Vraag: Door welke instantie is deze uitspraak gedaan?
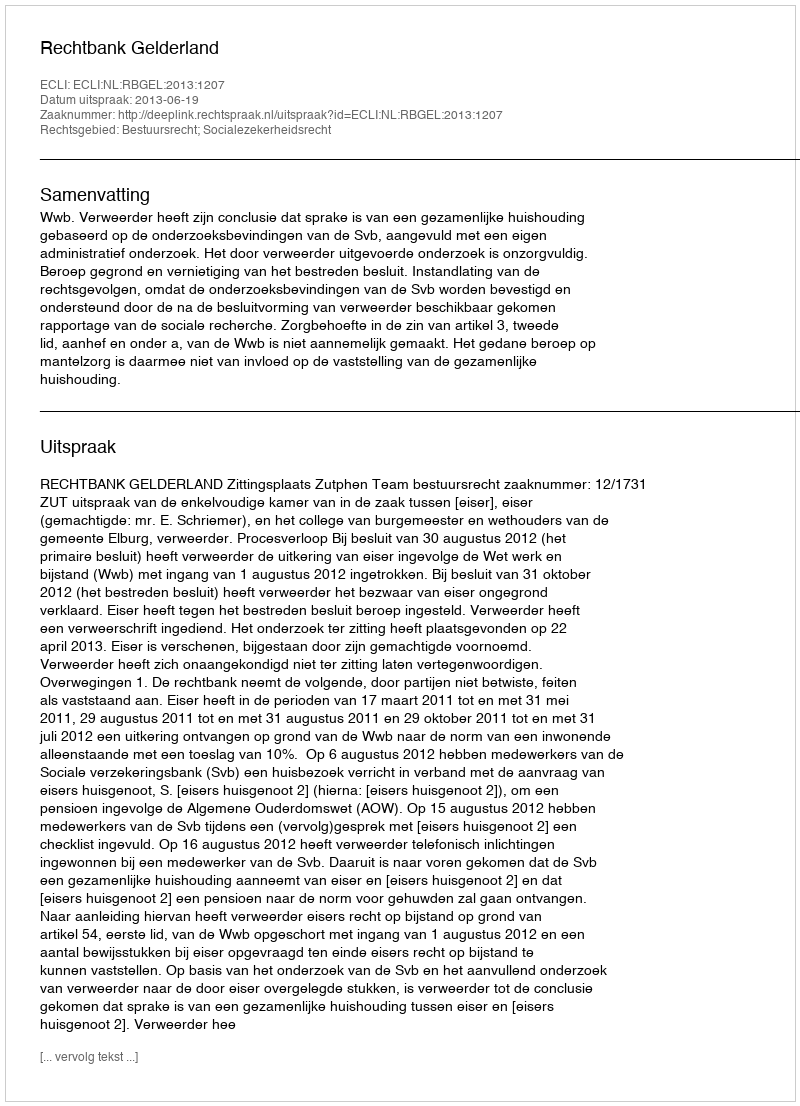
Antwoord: Rechtbank Gelderland